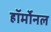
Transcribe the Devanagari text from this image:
हॉर्मोनल